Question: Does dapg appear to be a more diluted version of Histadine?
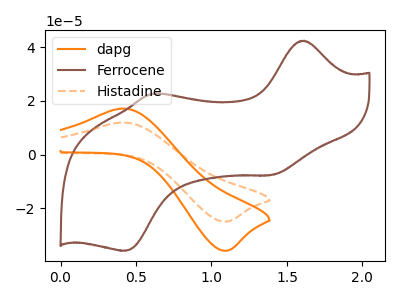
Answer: <think>The orange curve "dapg" has an anodic peak at (0.40V, 17.15uA) and a cathodic peak at (1.10V, -35.80uA). The brown curve "Ferrocene" has anodic peaks at (1.60V, 42.45uA) (0.60V, 22.65uA) and cathodic peaks at (1.40V, -7.55uA) (0.45V, -35.80uA). The orange dashed curve "Histadine" has an anodic peak at (0.40V, 11.95uA) and a cathodic peak at (1.10V, -25.00uA).
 All the peaks in "dapg" have a peak in "Histadine" at the same potential. Every peak in "dapg" is higher than every peak in "Histadine".</think>
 <answer>"dapg" has more signal than "Histadine" and so likely has a higher concentration.</answer>
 <eval>more_concentration</eval>